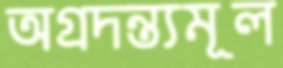
অগ্রদন্ত্যমূল